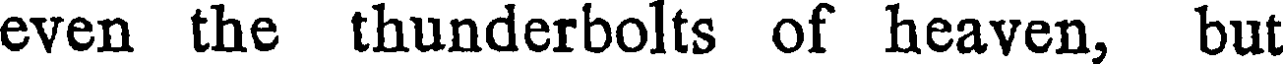
even the thunderbolts of heaven, but